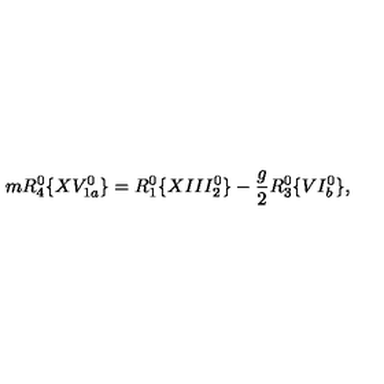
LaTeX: m R _ { 4 } ^ { 0 } \{ X V _ { 1 a } ^ { 0 } \} = R _ { 1 } ^ { 0 } \{ X I I I _ { 2 } ^ { 0 } \} - \frac { g } { 2 } R _ { 3 } ^ { 0 } \{ V I _ { b } ^ { 0 } \} ,